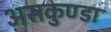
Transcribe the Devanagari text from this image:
असकुण्डा